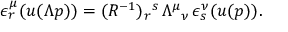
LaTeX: \epsilon _ { r } ^ { \mu } ( u ( \Lambda p ) ) = ( R ^ { - 1 } ) _ { r } { } ^ { s } \, \Lambda ^ { \mu } { } _ { \nu } \, \epsilon _ { s } ^ { \nu } ( u ( p ) ) .